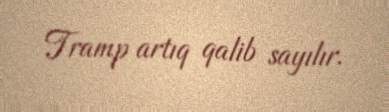
Tramp artıq qalib sayılır.